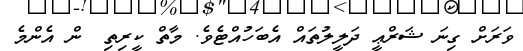
ވަރަށް ގިނަ ޝަރްޢީ ދަލީލުތައް އެބަހުއްޓެވެ. މާތް ކީރިތި  ން އެންމެ